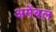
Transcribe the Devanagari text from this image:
अमेंबल